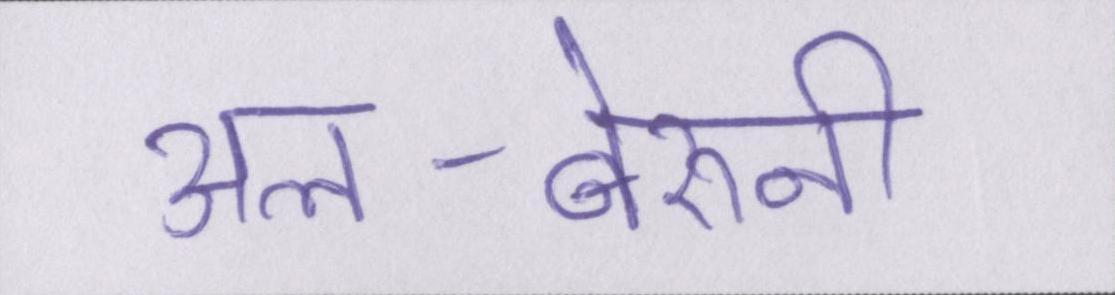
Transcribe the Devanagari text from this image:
अल-बेरुनी